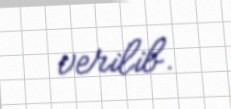
verilib.